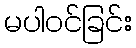
မပါဝင်ခြင်း